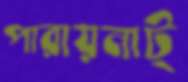
পারায়নাট্